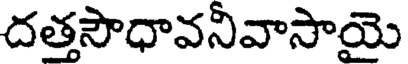
దత్తసౌధావనీవాసాయై